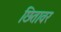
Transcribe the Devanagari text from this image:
छितावर